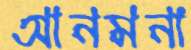
আনমনা